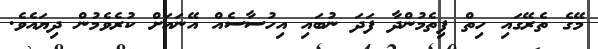
މޭގެ ތެރޭގައި ހިތް ފިތެމުންދާ ފަދަ ނުބައި އިހުސާސެއް އޭނައަށް ކުރެވެމުން ދިޔައެވެ.